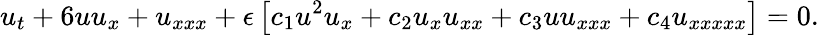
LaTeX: u_{t}+6uu_{x}+u_{xxx}+\epsilon\left[c_{1}u^{2}u_{x}+c_{2}u_{x}u_{xx}+c_{3}uu_{xxx}+c_{4}u_{xxxxx}\right]=0.